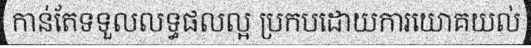
កាន់តែទទួលលទ្ធផលល្អ ប្រកបដោយការយោគយល់